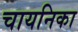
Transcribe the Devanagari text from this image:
चायनिका